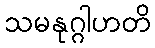
သမနုဂ္ဂါဟတိ